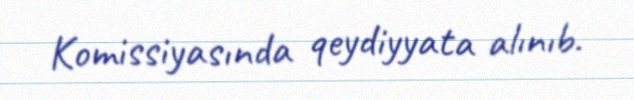
Komissiyasında qeydiyyata alınıb.